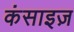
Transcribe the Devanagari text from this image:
कंसाइज़